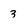
Character: 3